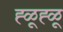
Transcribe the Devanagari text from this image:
ह्ळूह्ळू